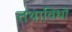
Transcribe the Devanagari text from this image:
तथाविधो